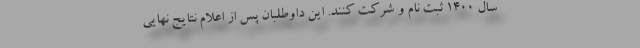
سال ۱۴۰۰ ثبت نام و شرکت کنند. این داوطلبان پس از اعلام نتایج نهایی